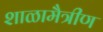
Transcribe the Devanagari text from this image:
शाळामैत्रीण